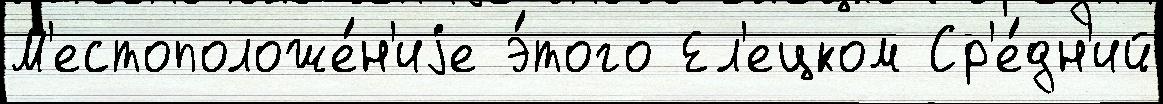
М'естоположе́н'иjе э́того Ел'ецком Ср'е́дн'ий